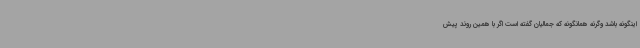
اینگونه باشد وگرنه همانگونه که جمالیان گفته است اگر با همین روند پیش